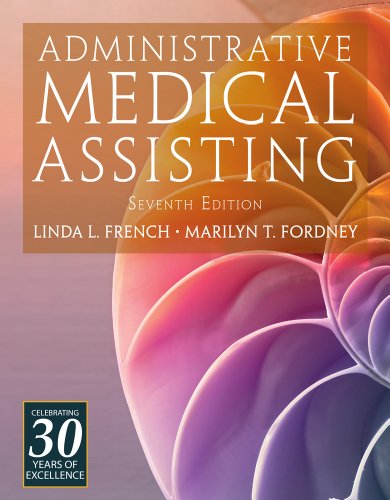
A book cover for Administrative Medical Assisiting (Book Only); Linda L. French; Medical Books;